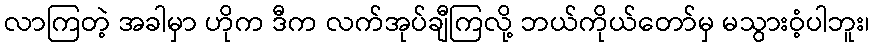
လာကြတဲ့ အခါမှာ ဟိုက ဒီက လက်အုပ်ချီကြလို့ ဘယ်ကိုယ်တော်မှ မသွားဝံ့ပါဘူး၊